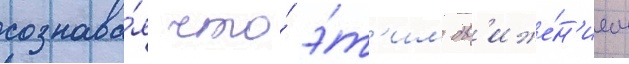
сознава́я что́ э́т'им дв'иже́н'ием